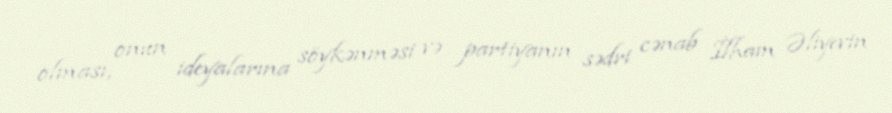
olması, onun ideyalarına söykənməsi və partiyanın sədri cənab İlham Əliyevin